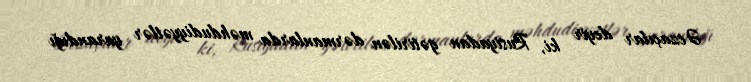
Əczaçılar deyir ki, Rusiyadan gətirilən dərmanlarda məhdudiyyətlər yarandığı